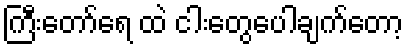
ကြီးတော်ရေ ထဲ ငါးတွေပေါချက်တော့